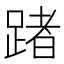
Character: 踷